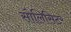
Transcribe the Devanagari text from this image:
सोलिसिटर